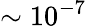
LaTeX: \sim 10^{-7}